Report on the working of the Ranchi Indian Mental Hospital, Kanke, in Bihar and Orissa - 1930-1940
Year: 1930
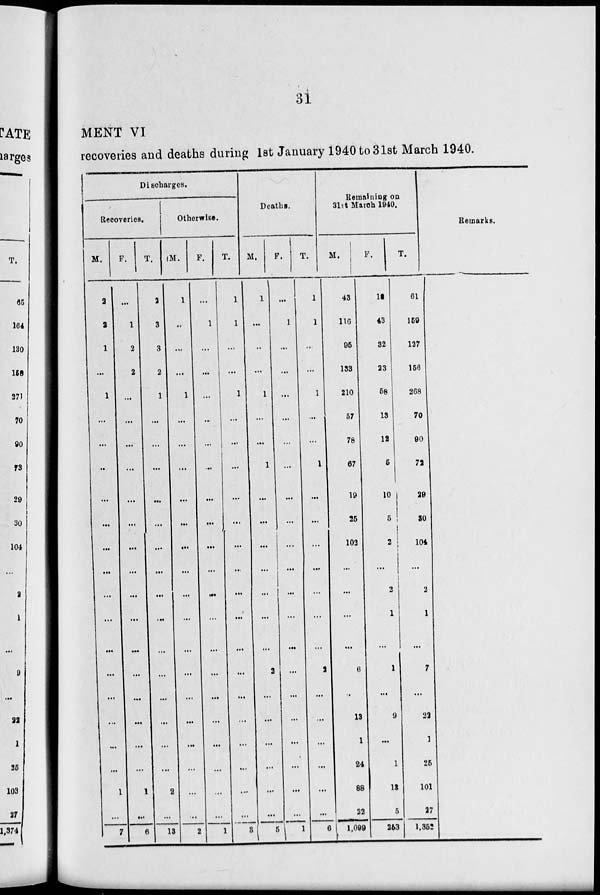
31
MENT VI
recoveries and deaths during 1st January 1940 to 31st March 1940.
Discharges.
Recoveries.
M.
2
2
1
...
1
...
...
...
...
...
...
...
...
...
...
...
...
...
...
...
1
...
7
F.
...
1
2
2
...
...
...
...
...
...
...
...
...
...
...
...
...
...
...
...
1
...
6
T.
2
3
3
2
1
...
...
...
...
...
...
...
...
...
...
...
...
...
...
...
2
...
13
Otherwise.
M.
1
..
...
...
1
...
...
...
...
...
...
...
...
...
...
...
...
...
...
...
...
...
2
F.
...
1
...
...
...
...
...
...
...
...
...
...
...
...
...
...
...
...
...
...
...
...
1
T.
1
1
...
...
1
...
...
...
...
...
...
...
...
...
...
...
...
...
...
...
...
...
3
Deaths.
M.
1
...
..
...
1
...
...
1
...
...
...
...
...
...
...
2
...
...
...
...
...
...
5
F.
...
1
...
...
...
...
...
...
...
...
...
...
...
...
...
...
...
...
...
...
...
...
1
T.
1
1
...
...
1
...
...
1
...
...
...
...
...
...
...
2
...
...
...
...
...
...
6
Remaining on
31st March 1040.
M.
43
116
95
133
210
57
78
67
19
25
102
...
...
...
...
6
..
13
1
24
88
22
1,099
F.
18
43
32
23
58
13
12
5
10
5
2
...
2
1
...
1
...
9
...
1
13
5
253
T.
61
159
127
156
268
70
90
72
29
30
104
...
2
1
...
7
...
22
1
25
101
27
1,352
Remarks.